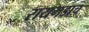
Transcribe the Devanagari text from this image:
रायगडाच